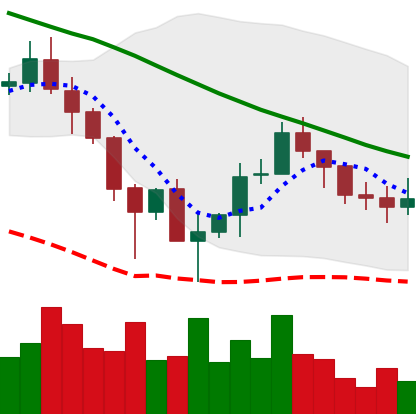
Ticker: ADA-USD
Chart end date: 2019-12-05
Forward return: -3.34%
Label: down_3_5